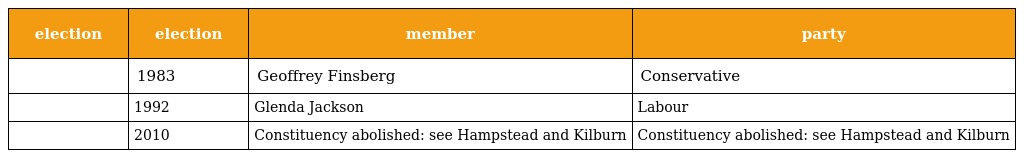
| election | election | member | party |
 | --- | --- | --- | --- |
 |  | 1983 | Geoffrey Finsberg | Conservative |
 |  | 1992 | Glenda Jackson | Labour |
 |  | 2010 | Constituency abolished: see Hampstead and Kilburn | Constituency abolished: see Hampstead and Kilburn |